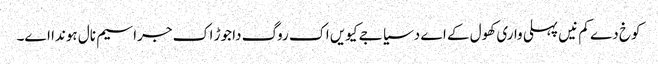
کوخ دے کم نیں پہلی واری کھول کے اے دسیا جے کیویں اک روگ دا جوڑ اک جراسیم نال ہوندا اے۔